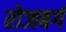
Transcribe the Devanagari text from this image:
रोजबर्ग